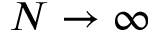
N \to \infty